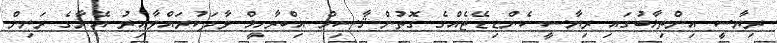
ރިޔާސީ އިންތިޚާބުގައި ރިޔާސީ ކެންޑިޑޭޓެއްގެ ގޮތުން ޤާސިމް އިބްރާހީމް ވާދަކުރައްވާއިރު އޭނާގެ ރަނިން